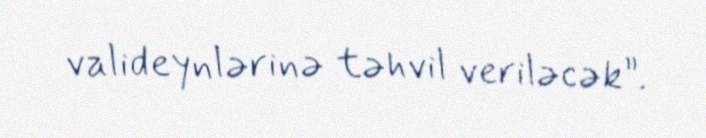
valideynlərinə təhvil veriləcək”.